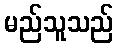
မည်သူသည်